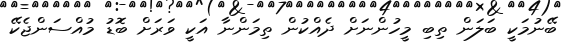
ބޭނުމަކީ ބަލަން ތިބި މީހުންނަށް ދެއްކުން ތިމަންނާ އަކީ ވަރަށް ބޮޑު މުއްސަންޖެކޭ